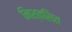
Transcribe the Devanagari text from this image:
निश्वसित